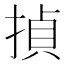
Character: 揁